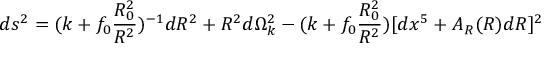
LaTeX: d s ^ { 2 } = ( k + f _ { 0 } \frac { R _ { 0 } ^ { 2 } } { R ^ { 2 } } ) ^ { - 1 } d R ^ { 2 } + R ^ { 2 } d \Omega _ { k } ^ { 2 } - ( k + f _ { 0 } \frac { R _ { 0 } ^ { 2 } } { R ^ { 2 } } ) [ d x ^ { 5 } + A _ { R } ( R ) d R ] ^ { 2 }